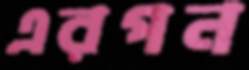
এরপন